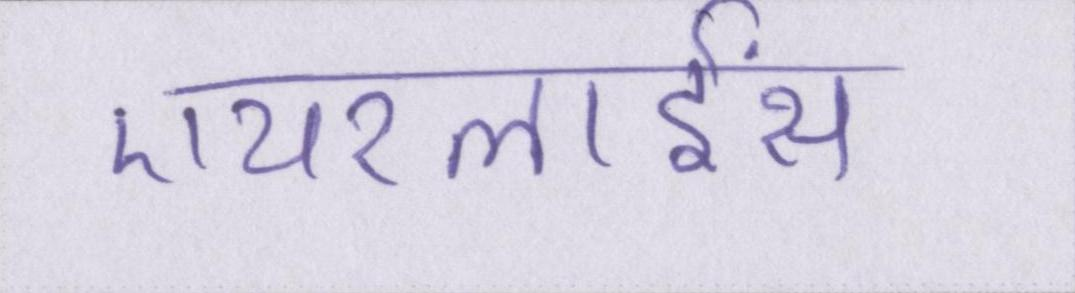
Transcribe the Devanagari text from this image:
एयरलाईंस